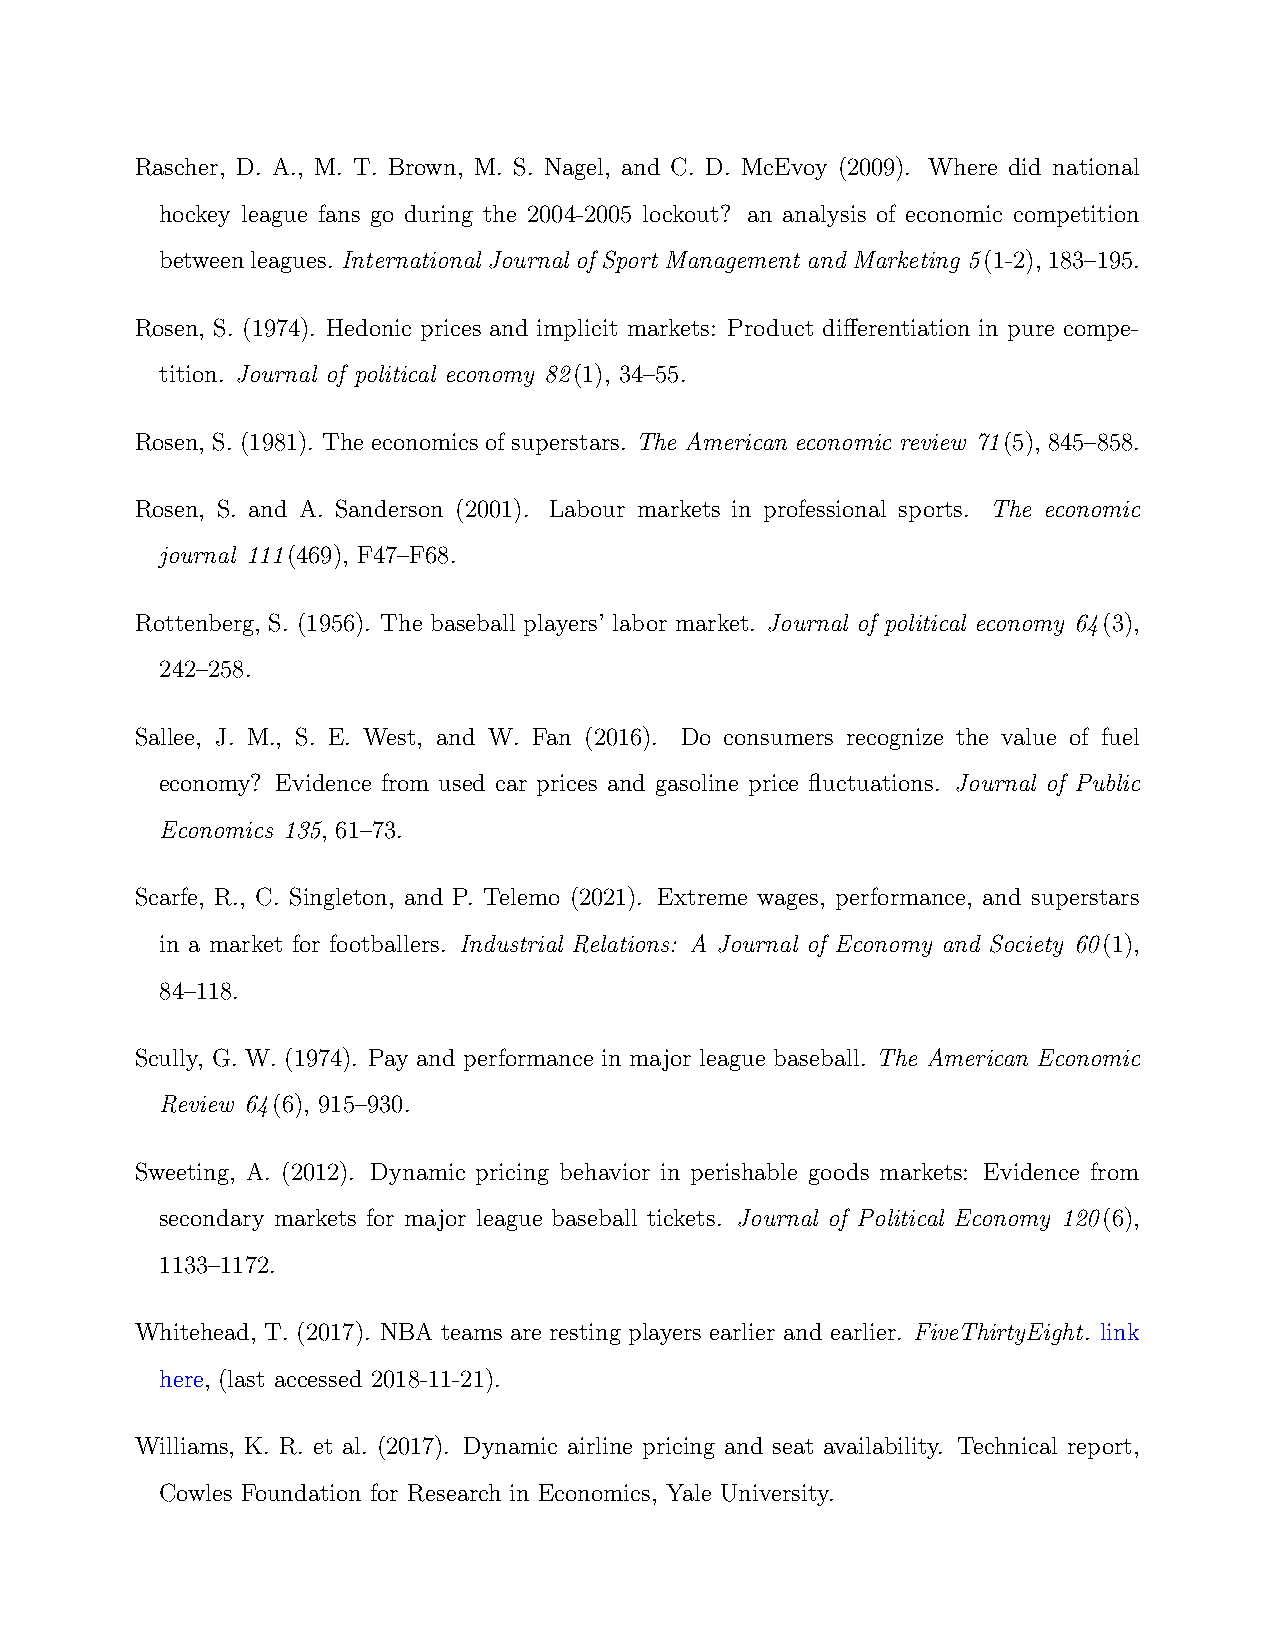
Rascher, D. A., M. T. Brown, M. S. Nagel, and C. D. McEvoy (2009). Where did national
 hockey league fans go during the 2004-2005 lockout? an analysis of economic competition
 betweenleagues. International Journal of Sport Management and Marketing 5(1-2), 183–195.
 Rosen, S. (1974). Hedonic prices and implicit markets: Product differentiation in pure compe-
 tition. Journal of political economy 82(1), 34–55.
 Rosen, S. (1981). The economics of superstars. The American economic review 71(5), 845–858.
 Rosen, S. and A. Sanderson (2001). Labour markets in professional sports. The economic
 journal 111(469), F47–F68.
 Rottenberg, S. (1956). The baseball players’ labor market. Journal of political economy 64(3),
 242–258.
 Sallee, J. M., S. E. West, and W. Fan (2016). Do consumers recognize the value of fuel
 economy? Evidence from used car prices and gasoline price fluctuations. Journal of Public
 Economics 135, 61–73.
 Scarfe, R., C. Singleton, and P. Telemo (2021). Extreme wages, performance, and superstars
 in a market for footballers. Industrial Relations: A Journal of Economy and Society 60(1),
 84–118.
 Scully, G. W. (1974). Pay and performance in major league baseball. The American Economic
 Review 64(6), 915–930.
 Sweeting, A. (2012). Dynamic pricing behavior in perishable goods markets: Evidence from
 secondary markets for major league baseball tickets. Journal of Political Economy 120(6),
 1133–1172.
 Whitehead, T. (2017). NBA teams are resting players earlier and earlier. FiveThirtyEight. link
 here, (last accessed 2018-11-21).
 Williams, K. R. et al. (2017). Dynamic airline pricing and seat availability. Technical report,
 Cowles Foundation for Research in Economics, Yale University.